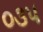
૦૩૫